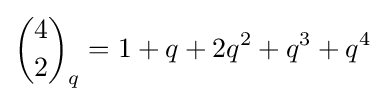
{4 \choose 2}_{q}=1+q+2q^{2}+q^{3}+q^{4}